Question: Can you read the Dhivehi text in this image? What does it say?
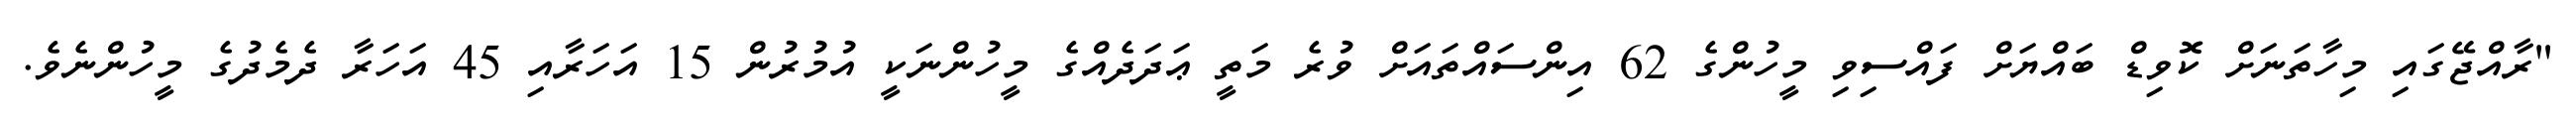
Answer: "ރާއްޖޭގައި މިހާތަނަށް ކޮވިޑް ބައްޔަށް ފައްސިވި މީހުންގެ 62 އިންސައްތައަށް ވުރެ މަތީ ޢަދަދެއްގެ މީހުންނަކީ އުމުރުން 15 އަހަރާއި 45 އަހަރާ ދެމެދުގެ މީހުންނެވެ.